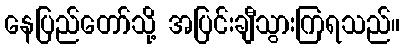
နေပြည်တော်သို့ အပြင်းချီသွားကြရသည်။